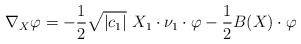
\begin{align*}\nabla_X \varphi = -\frac{1}{2}\sqrt{|c_1|}\ X_1 \cdot \nu_1\cdot \varphi - \frac{1}{2}B(X)\cdot \varphi\end{align*}